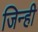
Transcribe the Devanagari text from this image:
जिन्ही